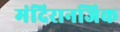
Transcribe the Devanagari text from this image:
मंदिरानजिक